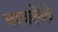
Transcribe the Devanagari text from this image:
भरवलेले